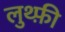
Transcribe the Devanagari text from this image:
लुथ्फ़ी